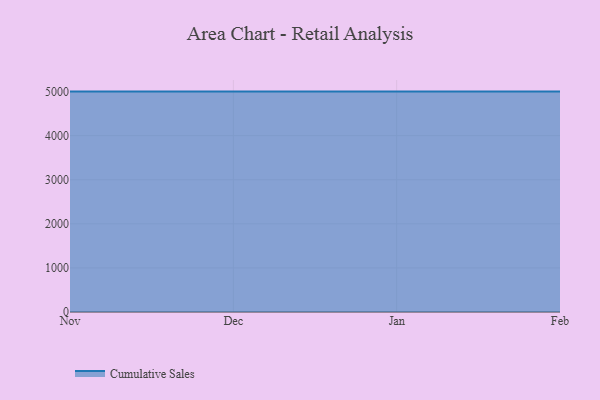
{"axis": {"x": "Month", "y": "Market Share (%)"}, "legend": ["Cumulative Sales"], "data": [{"x": "Nov", "y": 5000, "type": "Cumulative Sales"}, {"x": "Dec", "y": 5000, "type": "Cumulative Sales"}, {"x": "Jan", "y": 5000, "type": "Cumulative Sales"}, {"x": "Feb", "y": 5000, "type": "Cumulative Sales"}]}